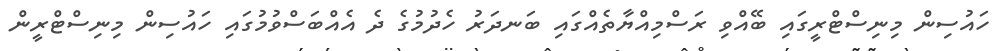
ހައުސިން މިނިސްޓްރީގައި ބޭއްވި ރަސްމިއްޔާތެއްގައި ބަނދަރު ހެދުމުގެ ދެ އެއްބަސްވުމުގައި ހައުސިން މިނިސްޓްރީން